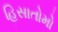
હિસાતોમો